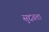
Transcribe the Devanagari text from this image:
सुद्दढता